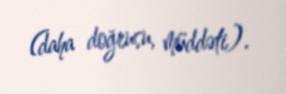
(daha doğrusu, müddəti).